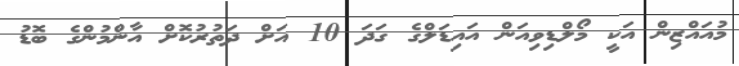
މުއައްޒިން އަކީ މޯލްޑިވިއަން އައިޑަލްގެ ގަދަ 10 އަށް ދަތުރުކޮށް އާންމުންގެ ބޮޑު